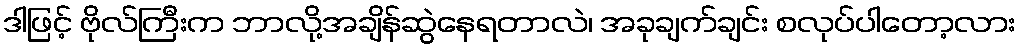
ဒါဖြင့် ဗိုလ်ကြီးက ဘာလို့အချိန်ဆွဲနေရတာလဲ၊ အခုချက်ချင်း စလုပ်ပါတော့လား